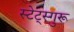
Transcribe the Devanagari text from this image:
स्टेट्स्गुरू